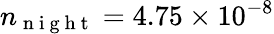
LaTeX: n_{\mathrm{~n~i~g~h~t~}}=4.75\times 10^{-8}